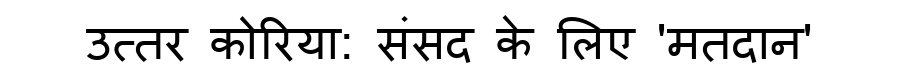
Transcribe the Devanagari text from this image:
उत्तर कोरिया: संसद के लिए 'मतदान'